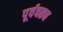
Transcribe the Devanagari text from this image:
पूर्ववतच